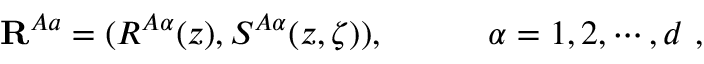
{ \bf R } ^ { A a } = ( R ^ { A \alpha } ( z ) , S ^ { A \alpha } ( z , \zeta ) ) , \quad \quad \quad \alpha = 1 , 2 , \cdots , d \ ,